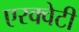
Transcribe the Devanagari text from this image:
एरक्वेटी